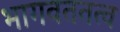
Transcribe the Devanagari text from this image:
भागवततत्व